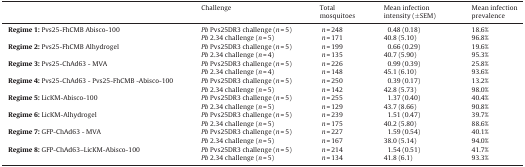
|  | Challenge | Total mosquitoes | Mean infection intensity (±SEM) | Mean infection prevalence |
 | --- | --- | --- | --- | --- |
 | Regime 1: Pvs25-FhCMB Abisco-100 | Pb Pvs25DR3 challenge (n = 5) | n = 248 | 0.48 (0.18) | 18.6% |
 |  | Pb 2.34 challenge (n = 5) | n = 171 | 40.8 (5.10) | 96.8% |
 | Regime 2: Pvs25-FhCMB Alhydrogel | Pb Pvs25DR3 challenge (n = 5) | n = 199 | 0.66 (0.29) | 19.6% |
 |  | Pb 2.34 challenge (n = 4) | n = 135 | 40.7 (5.90) | 95.3% |
 | Regime 3: Pvs25-ChAd63 - MVA | Pb Pvs25DR3 challenge (n = 5) | n = 226 | 0.99 (0.39) | 25.8% |
 |  | Pb 2.34 challenge (n = 4) | n = 148 | 45.1 (6.10) | 93.6% |
 | Regime 4: Pvs25-ChAd63 - Pvs25-FhCMB -Abisco-100 | Pb Pvs25DR3 challenge (n = 5) | n = 250 | 0.39 (0.17) | 13.2% |
 |  | Pb 2.34 challenge (n = 5) | n = 142 | 42.8 (5.73) | 98.0% |
 | Regime 5: LicKM-Abisco-100 | Pb Pvs25DR3 challenge (n = 5) | n = 255 | 1.37 (0.40) | 40.4% |
 |  | Pb 2.34 challenge (n = 5) | n = 129 | 43.7 (8.66) | 90.8% |
 | Regime 6: LicKM-Alhydrogel | Pb Pvs25DR3 challenge (n = 5) | n = 239 | 1.51 (0.47) | 39.7% |
 |  | Pb 2.34 challenge (n = 5) | n = 175 | 40.2 (5.80) | 88.6% |
 | Regime 7: GFP-ChAd63 - MVA | Pb Pvs25DR3 challenge (n = 5) | n = 227 | 1.59 (0.54) | 40.1% |
 |  | Pb 2.34 challenge (n = 5) | n = 167 | 38.0 (5.14) | 94.0% |
 | Regime 8: GFP-ChAd63–LicKM-Abisco-100 | Pb Pvs25DR3 challenge (n = 5) | n = 214 | 1.54 (0.51) | 41.7% |
 |  | Pb 2.34 challenge (n = 5) | n = 134 | 41.8 (6.1) | 93.3% |